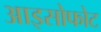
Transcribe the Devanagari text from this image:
आइसोफोट